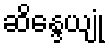
ဆိန္ဒေယျုံ